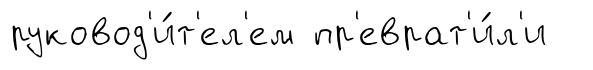
руковод'и́т'ел'ем пр'еврат'и́л'и